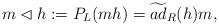
LaTeX: \begin{align*}m\lhd h := P_L(mh)=\widetilde{ad}_R(h)m,\end{align*}